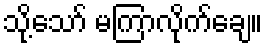
သို့သော် မကြာလိုက်ချေ။